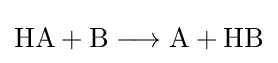
{\mathrm {HA} {}+{}\mathrm {B} {}\mathrel {\longrightarrow } {}\mathrm {A} {}+{}\mathrm {HB} }